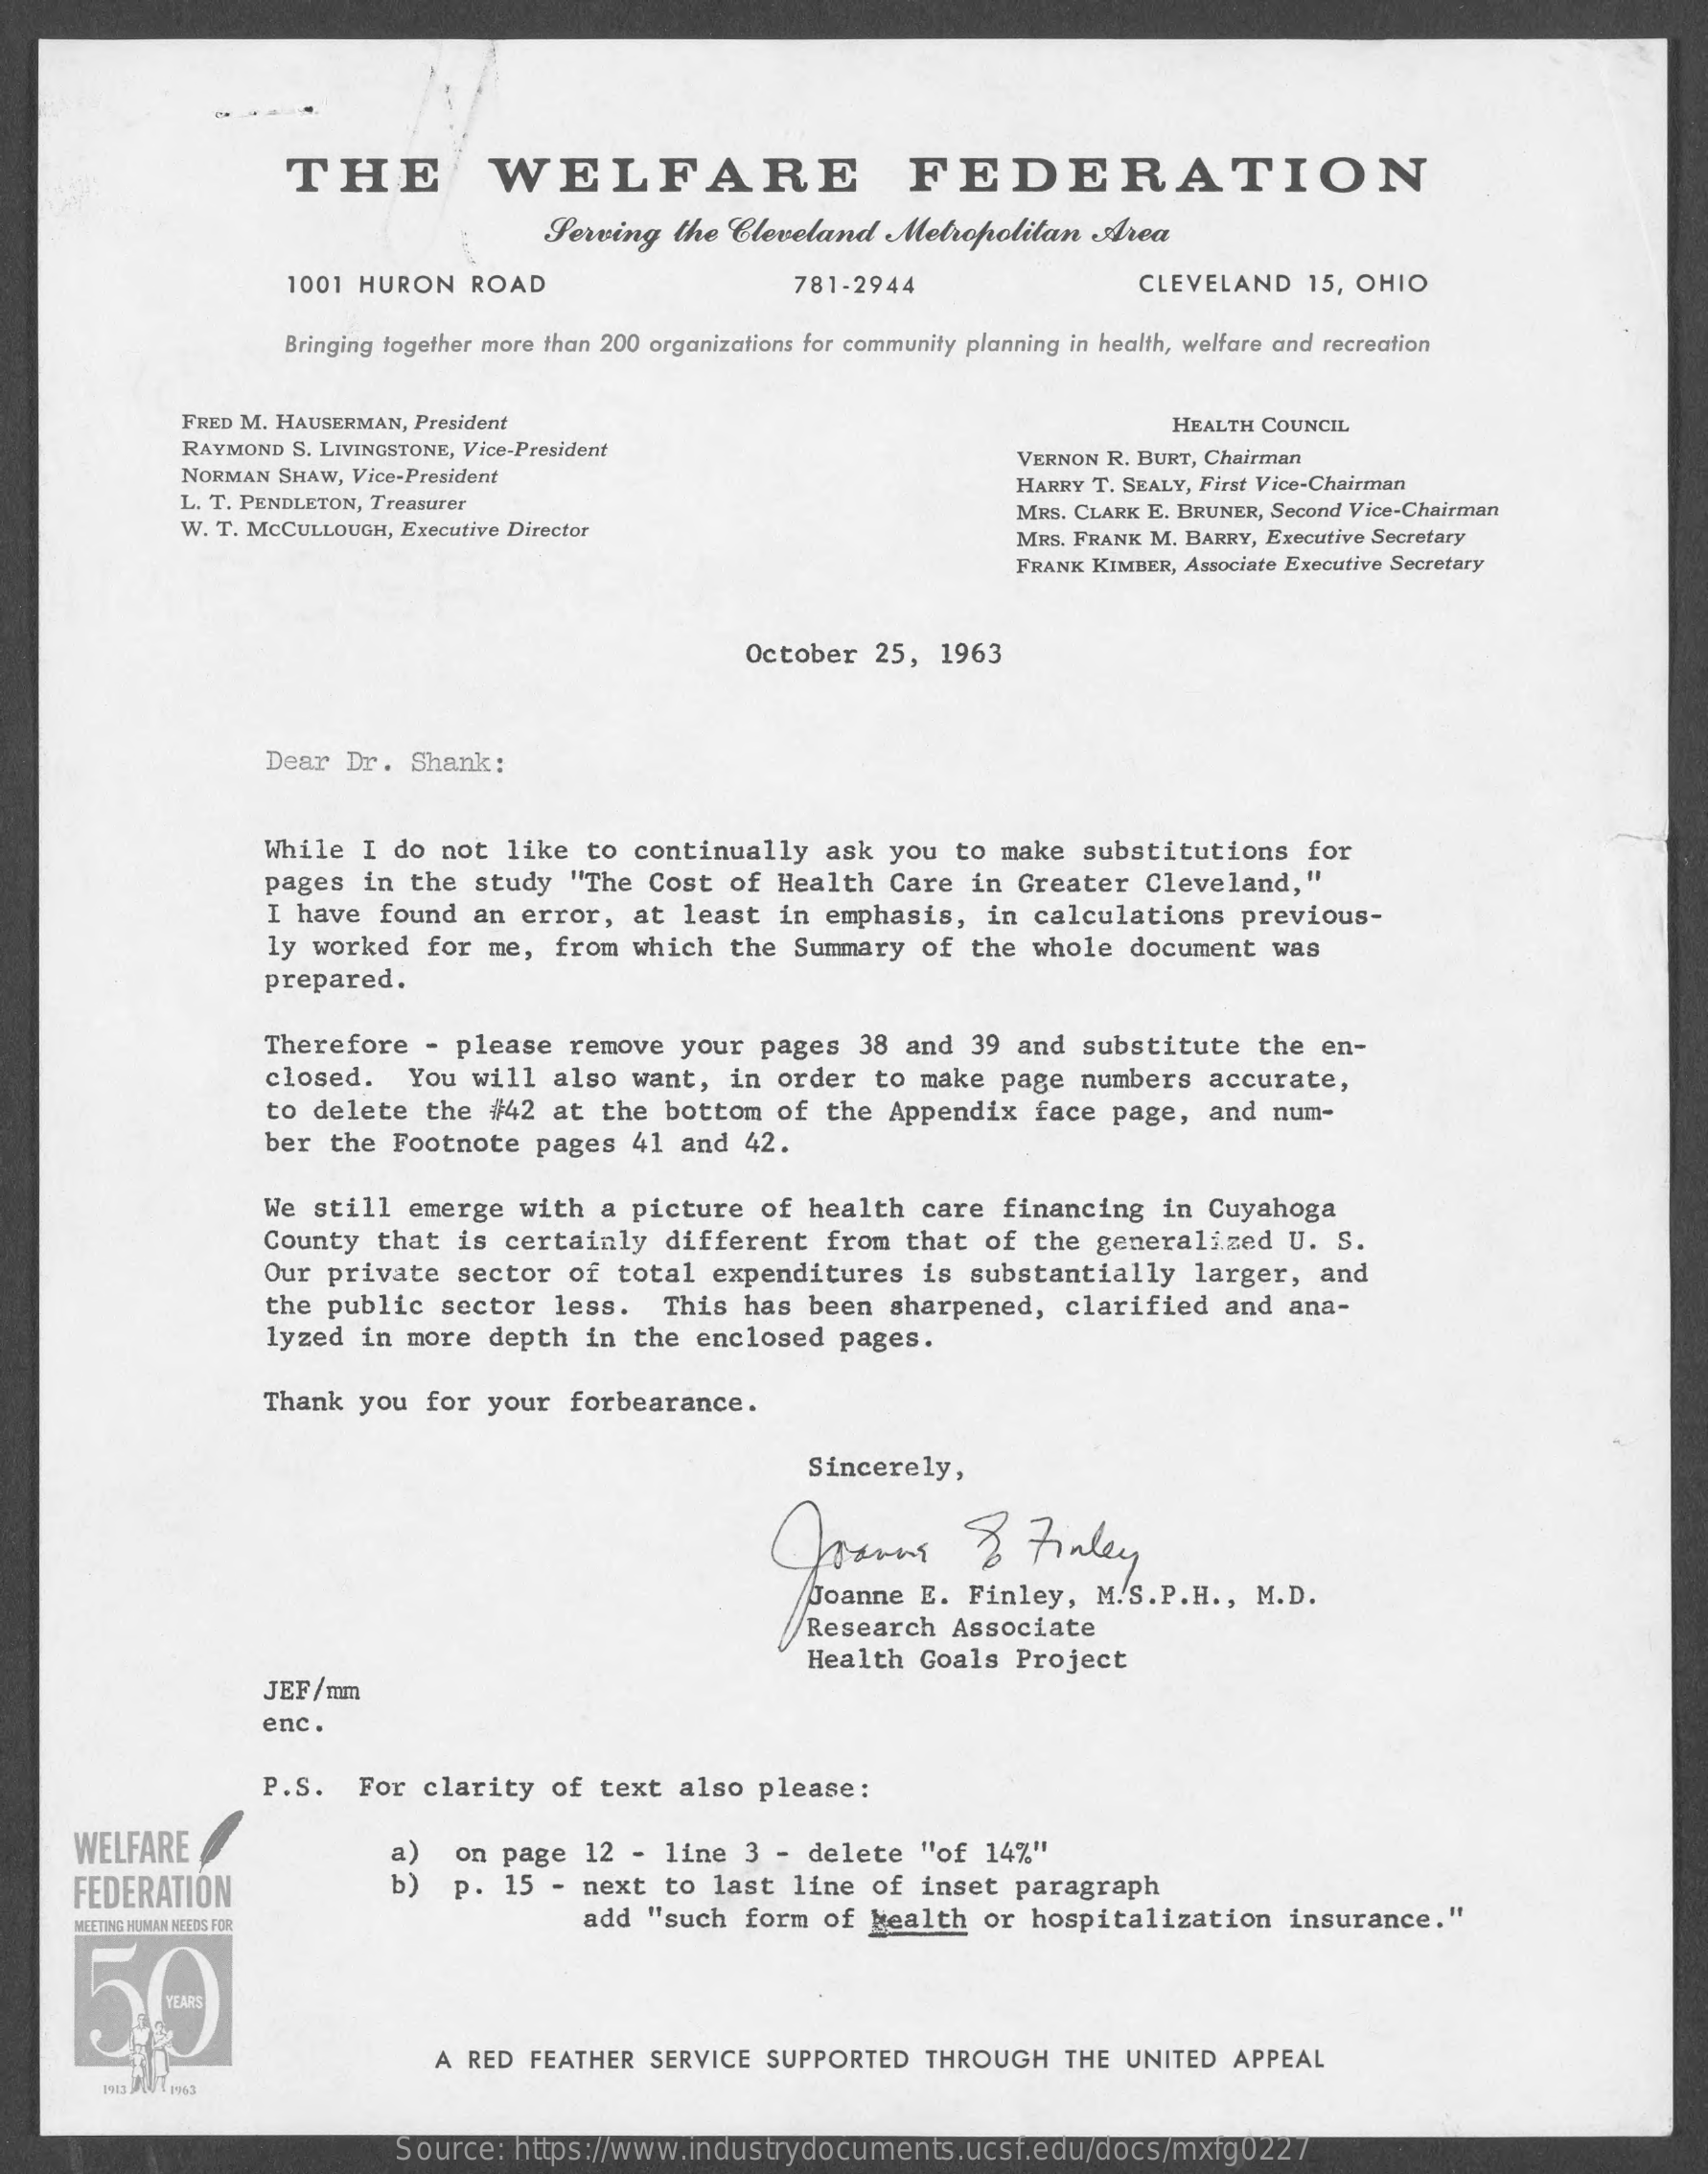
THE    WELFARE    FEDERATION
     Perving   the  Cleveland   Metropolitan   Area
     1001  HURON   ROAD    781-2944    CLEVELAND    15, OHIO
     Bringing together more than 200 organizations for community planning in health, welfare and recreation
     FRED M. HAUSERMAN, President    HEALTH COUNCIL
     RAYMOND  S. LIVINGSTONE, Vice-President
     NORMAN SHAW, Vice-President
     VERNON R. BURT, Chairman
     L. T. PENDLETON, Treasurer
     HARRY T. SEALY, First Vice-Chairman
     W. T. MCCULLOUGH, Executive Director
     MRS. CLARK E. BRUNER, Second Vice-Chairman
     MRS. FRANK M. BARRY, Executive Secretary
     FRANK KIMBER, Associate Executive Secretary
     October   25,  1963
     Dear  Dr.  Shank:
     While  I do  not  like  to  continually    ask  you  to make   substitutions    for
     pages   in  the  study  "The  Cost  of  Health   Care  in Greater   Cleveland,"
     I have  found  an  error,   at  least  in  emphasis,   in  calculations    previous-
     ly worked   for  me,  from  which   the Summary   of  the  whole  document   was
     prepared.
     Therefore   - please   remove   your  pages  38  and  39 and   substitute   the  en-
     closed.   You  will   also  want,   in order  to  make  page  numbers   accurate,
     to delete   the  #42  at the  bottom   of  the  Appendix   face  page,  and  num-
     ber the  Footnote   pages   41  and  42.
     We still   emerge  with  a  picture   of health   care  financing    in Cuyahoga
     County  that  is  certainly   different    from  that  of  the  generalized   U.  S.
     Our private   sector   of  total  expenditures    is  substantially    larger,   and
     the public   sector   less.   This  has  been   sharpened,   clarified    and  ana-
     lyzed  in more   depth  in  the  enclosed   pages.
     Thank   you  for  your  forbearance.
     Sincerely,
     Denne    To  Finley
     Joanne   E.  Finley,   M.S.P.H  ., M.D.
     Research   Associate
     Health  Goals  Project
     JEF/mm
     enc.
     P.S.   For   clarity   of text   also  please:
     WELFARE    on  page  12  - line   3 - delete   "of  14%"
     FEDERATION    p.  15  - next  to  last  line  of  inset  paragraph
     MEETING HUMAN NEEDS FOR    add  "such  form   of health   or  hospitalization    insurance."
     50
     A RED  FEATHER  SERVICE  SUPPORTED   THROUGH    THE  UNITED  APPEAL
     Source:  https://www.industrydocuments.ucsf.edu/docs/mxfg0227